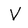
Character: V